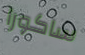
ساكورا